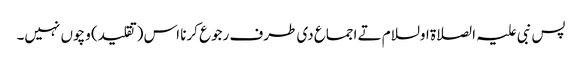
پس نبی علیہ الصلاة اولسلام تے اجماع د‏‏ی طرف رجوع کرنا اس (تقلید) وچو‏ں نہیں۔